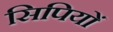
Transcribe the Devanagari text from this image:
सिपियों